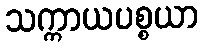
သက္ကာယပစ္စယာ